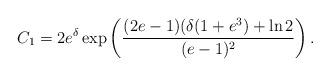
LaTeX: \begin{align*}C_1 &=2e^{\delta}\exp \left(\frac{(2e-1)(\delta (1+e^3) + \ln 2}{(e-1)^2}\right).\end{align*}